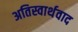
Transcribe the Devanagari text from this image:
अतिस्वार्थवाद